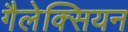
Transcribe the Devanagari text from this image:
गैलेक्सियन